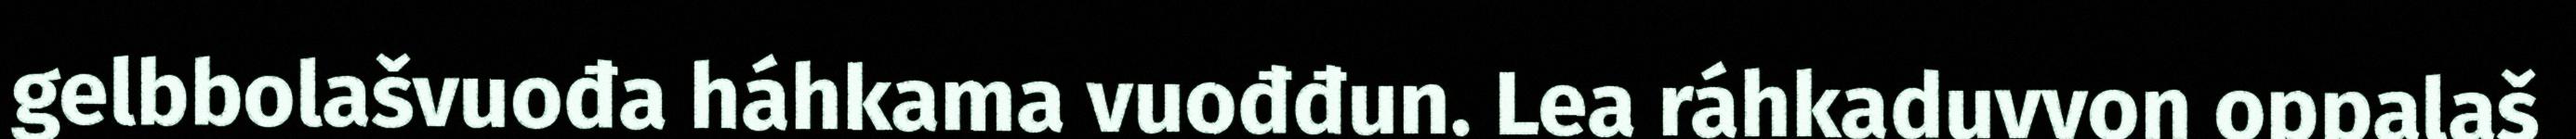
gelbbolašvuođa háhkama vuođđun. Lea ráhkaduvvon oppalaš